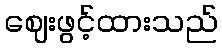
ဈေးဖွင့်ထားသည်